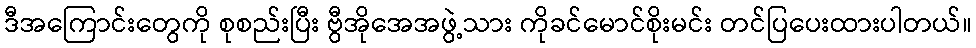
ဒီအကြောင်းတွေကို စုစည်းပြီး ဗွီအိုအေအဖွဲ့သား ကိုခင်မောင်စိုးမင်း တင်ပြပေးထားပါတယ်။